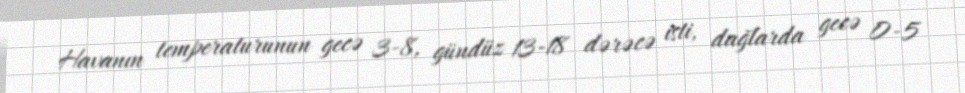
Havanın temperaturunun gecə 3-8, gündüz 13-18 dərəcə isti, dağlarda gecə 0-5